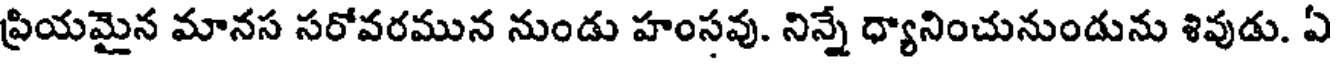
ప్రియమైన మానస సరోవరమున నుండు హంసవు. నిన్నే ధ్యానించునుండును శివుడు. ఏ